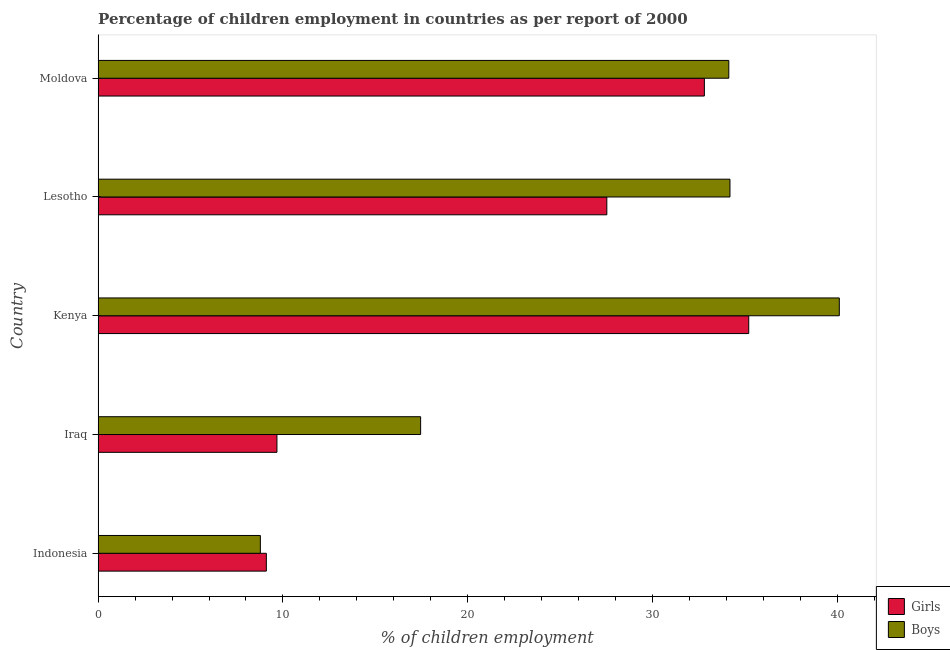
| Country | Girls | Boys |
 | --- | --- | --- |
 | Indonesia | 9.1 | 8.78 |
 | Iraq | 9.67 | 17.4 |
 | Kenya | 35.2 | 40.1 |
 | Lesotho | 27.5 | 34.2 |
 | Moldova | 32.8 | 34.1 |